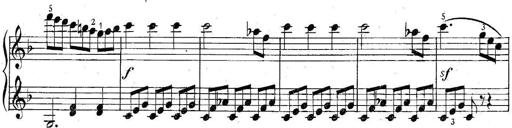
Title: 6 Easy Sonatinas
Composer: Carl Czerny